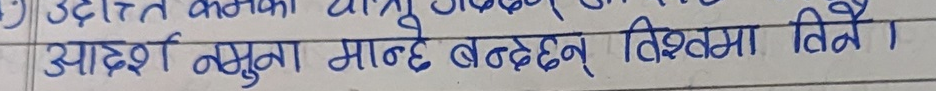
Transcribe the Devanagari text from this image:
आदर्श नमुना मान्छे बन्दछन् विश्वमा वित्रे ।